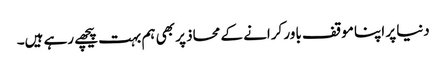
دنیا پر اپنا موقف باور کرانے کے محاذ پر بھی ہم بہت پیچھے رہے ہیں۔